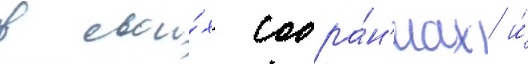
в свои́х собра́н'иах и́